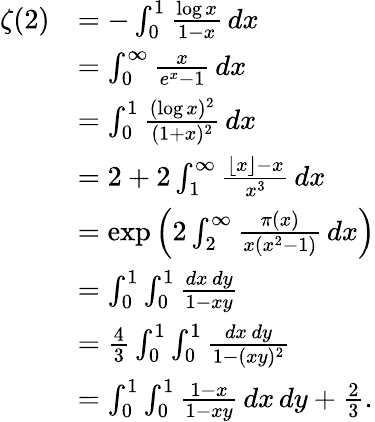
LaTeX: {\begin{array}{rl}{\zeta(2)}&{=-\int_{0}^{1}{\frac{\log x}{1-x}}\, dx}\\ &{=\int_{0}^{\infty}{\frac{x}{e^{x}-1}}\, dx}\\ &{=\int_{0}^{1}{\frac{(\log x)^{2}}{(1+x)^{2}}}\, dx}\\ &{=2+2\int_{1}^{\infty}{\frac{\lfloor x\rfloor-x}{x^{3}}}\, dx}\\ &{=\exp\left(2\int_{2}^{\infty}{\frac{\pi(x)}{x(x^{2}-1)}}\, dx\right)}\\ &{=\int_{0}^{1}\int_{0}^{1}{\frac{dx\, dy}{1-xy}}}\\ &{={\frac{4}{3}}\int_{0}^{1}\int_{0}^{1}{\frac{dx\, dy}{1-(xy)^{2}}}}\\ &{=\int_{0}^{1}\int_{0}^{1}{\frac{1-x}{1-xy}}\, dx\, dy+{\frac{2}{3}}.}\end{array}}